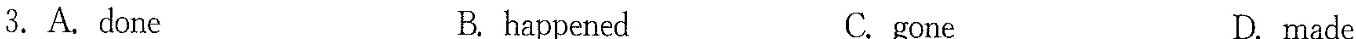
3.A.done B. happened C.gone D. made